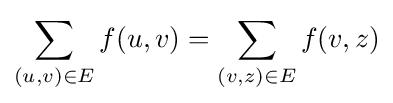
\sum _{(u,v)\in E}f(u,v)=\sum _{(v,z)\in E}f(v,z)